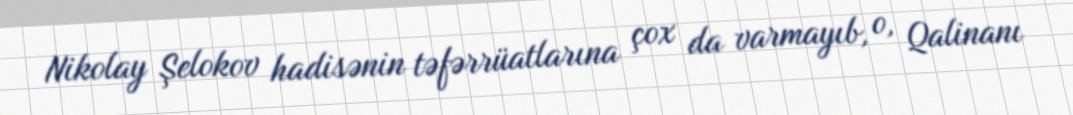
Nikolay Şelokov hadisənin təfərrüatlarına çox da varmayıb, o, Qalinanı